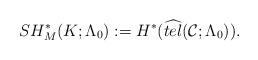
LaTeX: \begin{align*}SH^{*}_{M}(K; \Lambda_{0}):= H^{*}(\widehat{tel}(\mathcal{C}; \Lambda_{0})).\end{align*}